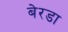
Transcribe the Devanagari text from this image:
बेरडा